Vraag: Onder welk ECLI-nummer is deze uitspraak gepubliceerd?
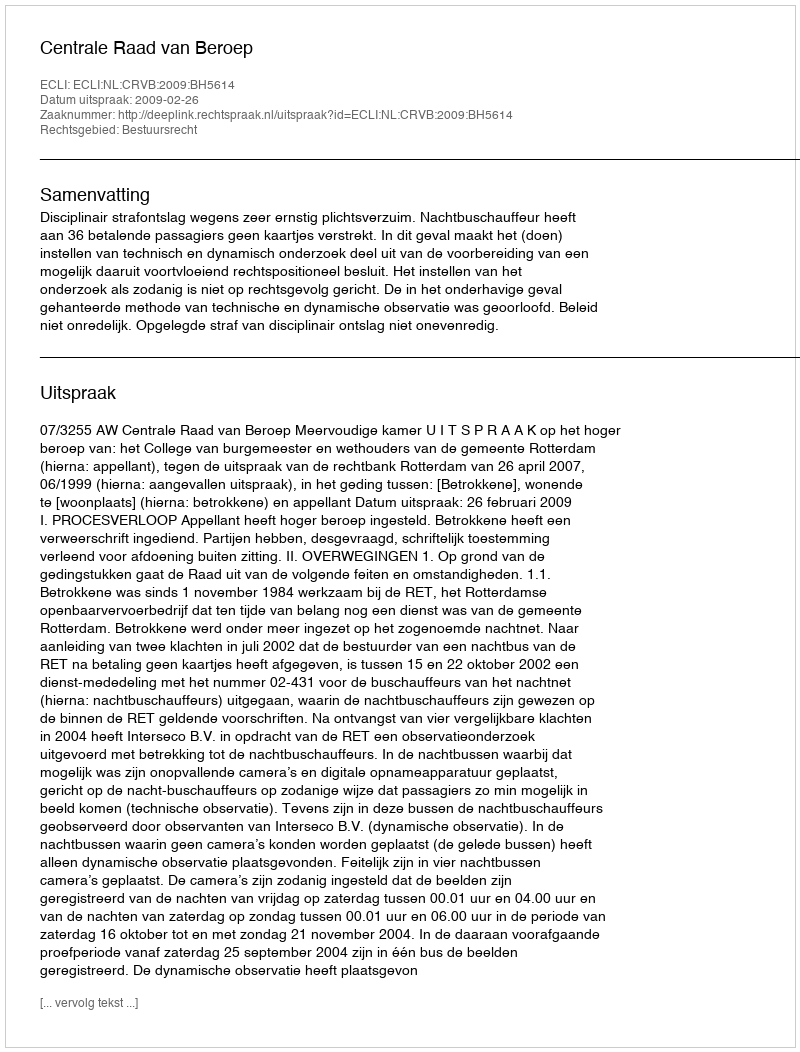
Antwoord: ECLI:NL:CRVB:2009:BH5614